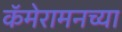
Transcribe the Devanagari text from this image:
कॅमेरामनच्या